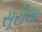
સૂરીલા